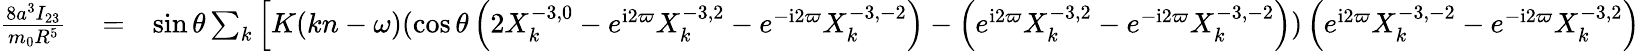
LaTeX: \begin{array}{rlr}{\frac{8a^{3}I_{23}}{m_{0}R^{5}}}&{{}=}&{\sin\theta\sum_{k}\Big[K(kn-\omega)(\cos\theta\left(2X_{k}^{-3,0}-e^{\mathrm{i}2\varpi}X_{k}^{-3,2}-e^{-\mathrm{i}2\varpi}X_{k}^{-3,-2}\right)-\left(e^{\mathrm{i}2\varpi}X_{k}^{-3,2}-e^{-\mathrm{i}2\varpi}X_{k}^{-3,-2}\right))\left(e^{\mathrm{i}2\varpi}X_{k}^{-3,-2}-e^{-\mathrm{i}2\varpi}X_{k}^{-3,2}\right)}\end{array}